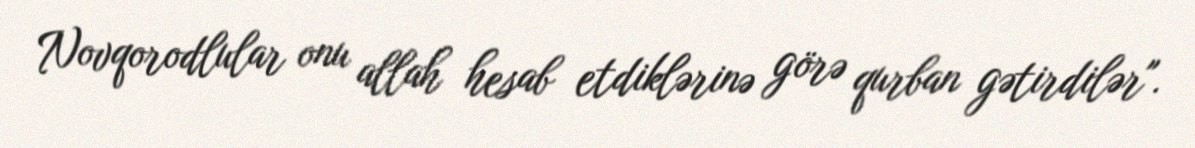
Novqorodlular onu allah hesab etdiklərinə görə qurban gətirdilər".